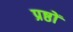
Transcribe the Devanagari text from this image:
प्रष्ठों